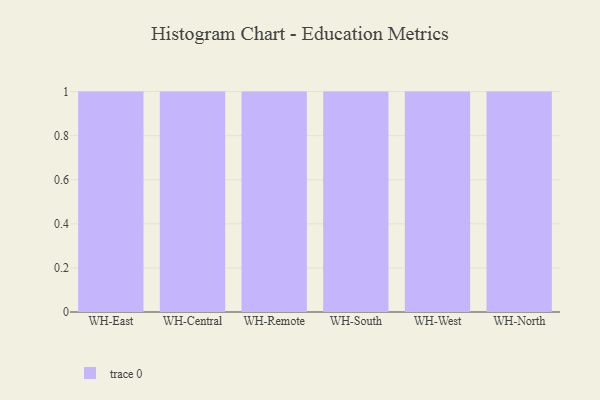
{"axis": {"x": "Warehouse", "y": "Gross Profit (USD K)"}, "legend": [""], "data": [{"x": "WH-East", "y": 100, "type": ""}, {"x": "WH-Central", "y": 33, "type": ""}, {"x": "WH-Remote", "y": 89, "type": ""}, {"x": "WH-South", "y": 75, "type": ""}, {"x": "WH-West", "y": 34, "type": ""}, {"x": "WH-North", "y": 44, "type": ""}]}